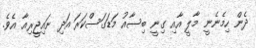
ދެން ހިމެނެނީ މާލީ އާއި ގިނީ ބިސާއު މަޑަގަސްކަރަ އަދި ނައިޖީރިއާ އެވެ.